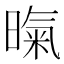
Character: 暣